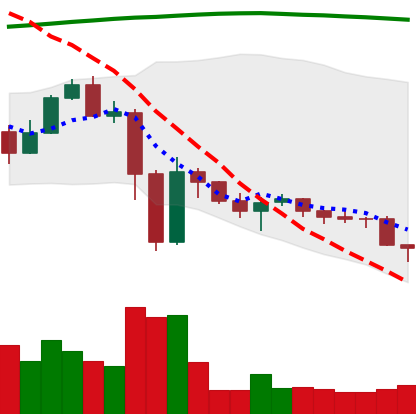
Ticker: ETC-USD
Chart end date: 2022-11-21
Forward return: 10.24%
Label: up_7plus